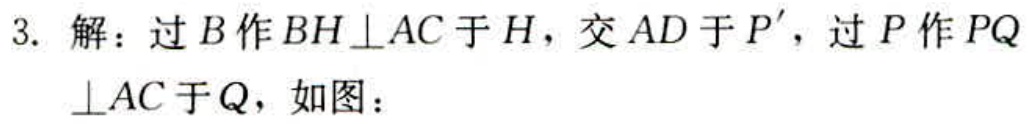
3. 解：过\(B\)作\(BH\perp AC\)于\(H\)，交\(AD\)于\(P'\)，过\(P\)作\(PQ\perp AC\)于\(Q\)，如图：